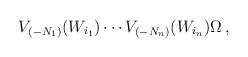
\begin{align*}V_{(-N_1)} (W_{i_1}) \cdots V_{(-N_n)}(W_{i_n}) \Omega\,,\end{align*}